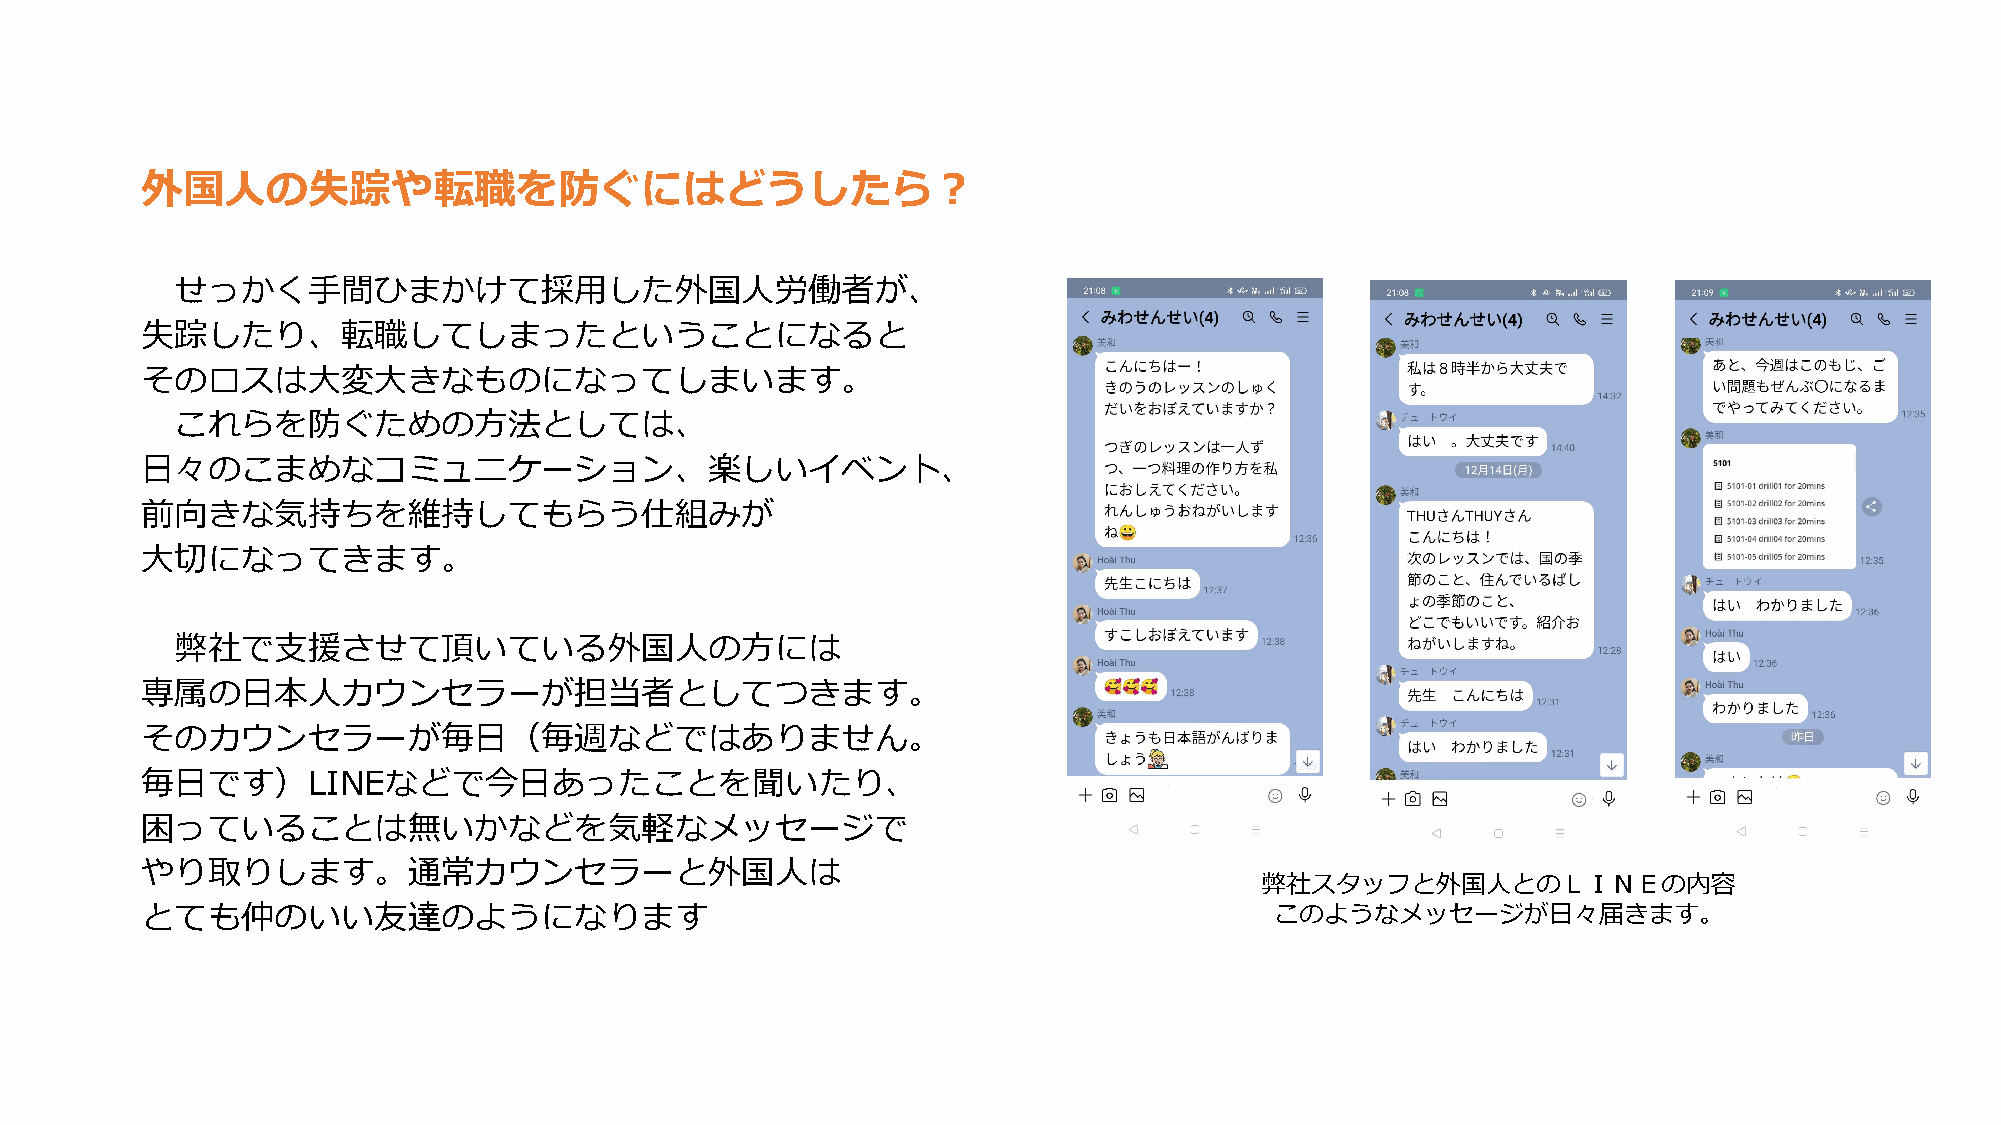
外国人の失踪や転職を防ぐにはどうしたら？
 せっかく手間ひまかけて採用した外国人労働者が、
 失踪したり、転職してしまったということになると
 そのロスは大変大きなものになってしまいます。
 これらを防ぐための方法としては、
 日々のこまめなコミュニケーション、楽しいイベント、
 前向きな気持ちを維持してもらう仕組みが
 大切になってきます。
 弊社で支援させて頂いている外国人の方には
 専属の日本人カウンセラーが担当者としてつきます。
 そのカウンセラーが毎日（毎週などではありません。
 毎日です）LINEなどで今日あったことを聞いたり、
 困っていることは無いかなどを気軽なメッセージで
 やり取りします。通常カウンセラーと外国人は
 弊社スタッフと外国人とのＬＩＮＥの内容
 とても仲のいい友達のようになります                                                          このようなメッセージが日々届きます。